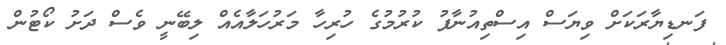
ފަނޑިޔާރަކަށް ވިޔަސް އިސްތިއުނާފު ކުރުމުގެ ހުރިހާ މަރުހަލާއެއް ލިބޭނީ ވެސް ދަށު ކޯޓުން